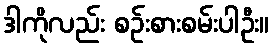
ဒါကိုလည်း စဉ်းစားစမ်းပါဦး။